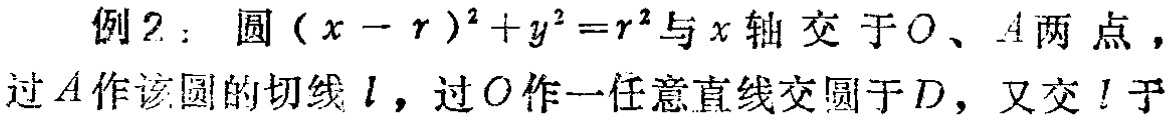
例2：圆\((x - r)^2 + y^2 = r^2\)与\(x\)轴交于\(O\)、\(A\)两点，过\(A\)作该圆的切线\(l\)，过\(O\)作一任意直线交圆于\(D\)，又交\(l\)于